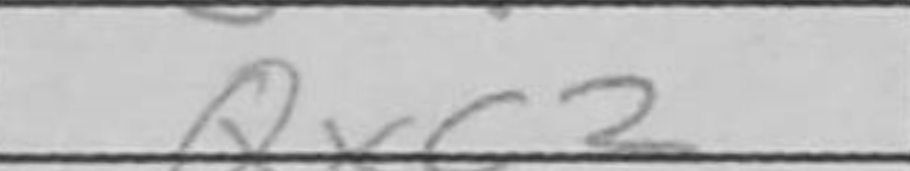
Transcription: Qxc2